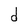
Character: d